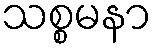
သစ္စမနာ